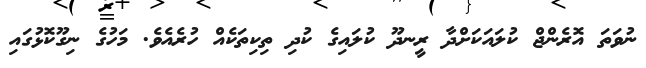
ނުވަތަ އޮރެންޖް ކުލައަކަށްދާ ރީނދޫ ކުލައިގެ ކުދި ތިކިތަކެއް ހުރެއެވެ. މަހުގެ ނިގޫކޮޅުގައި